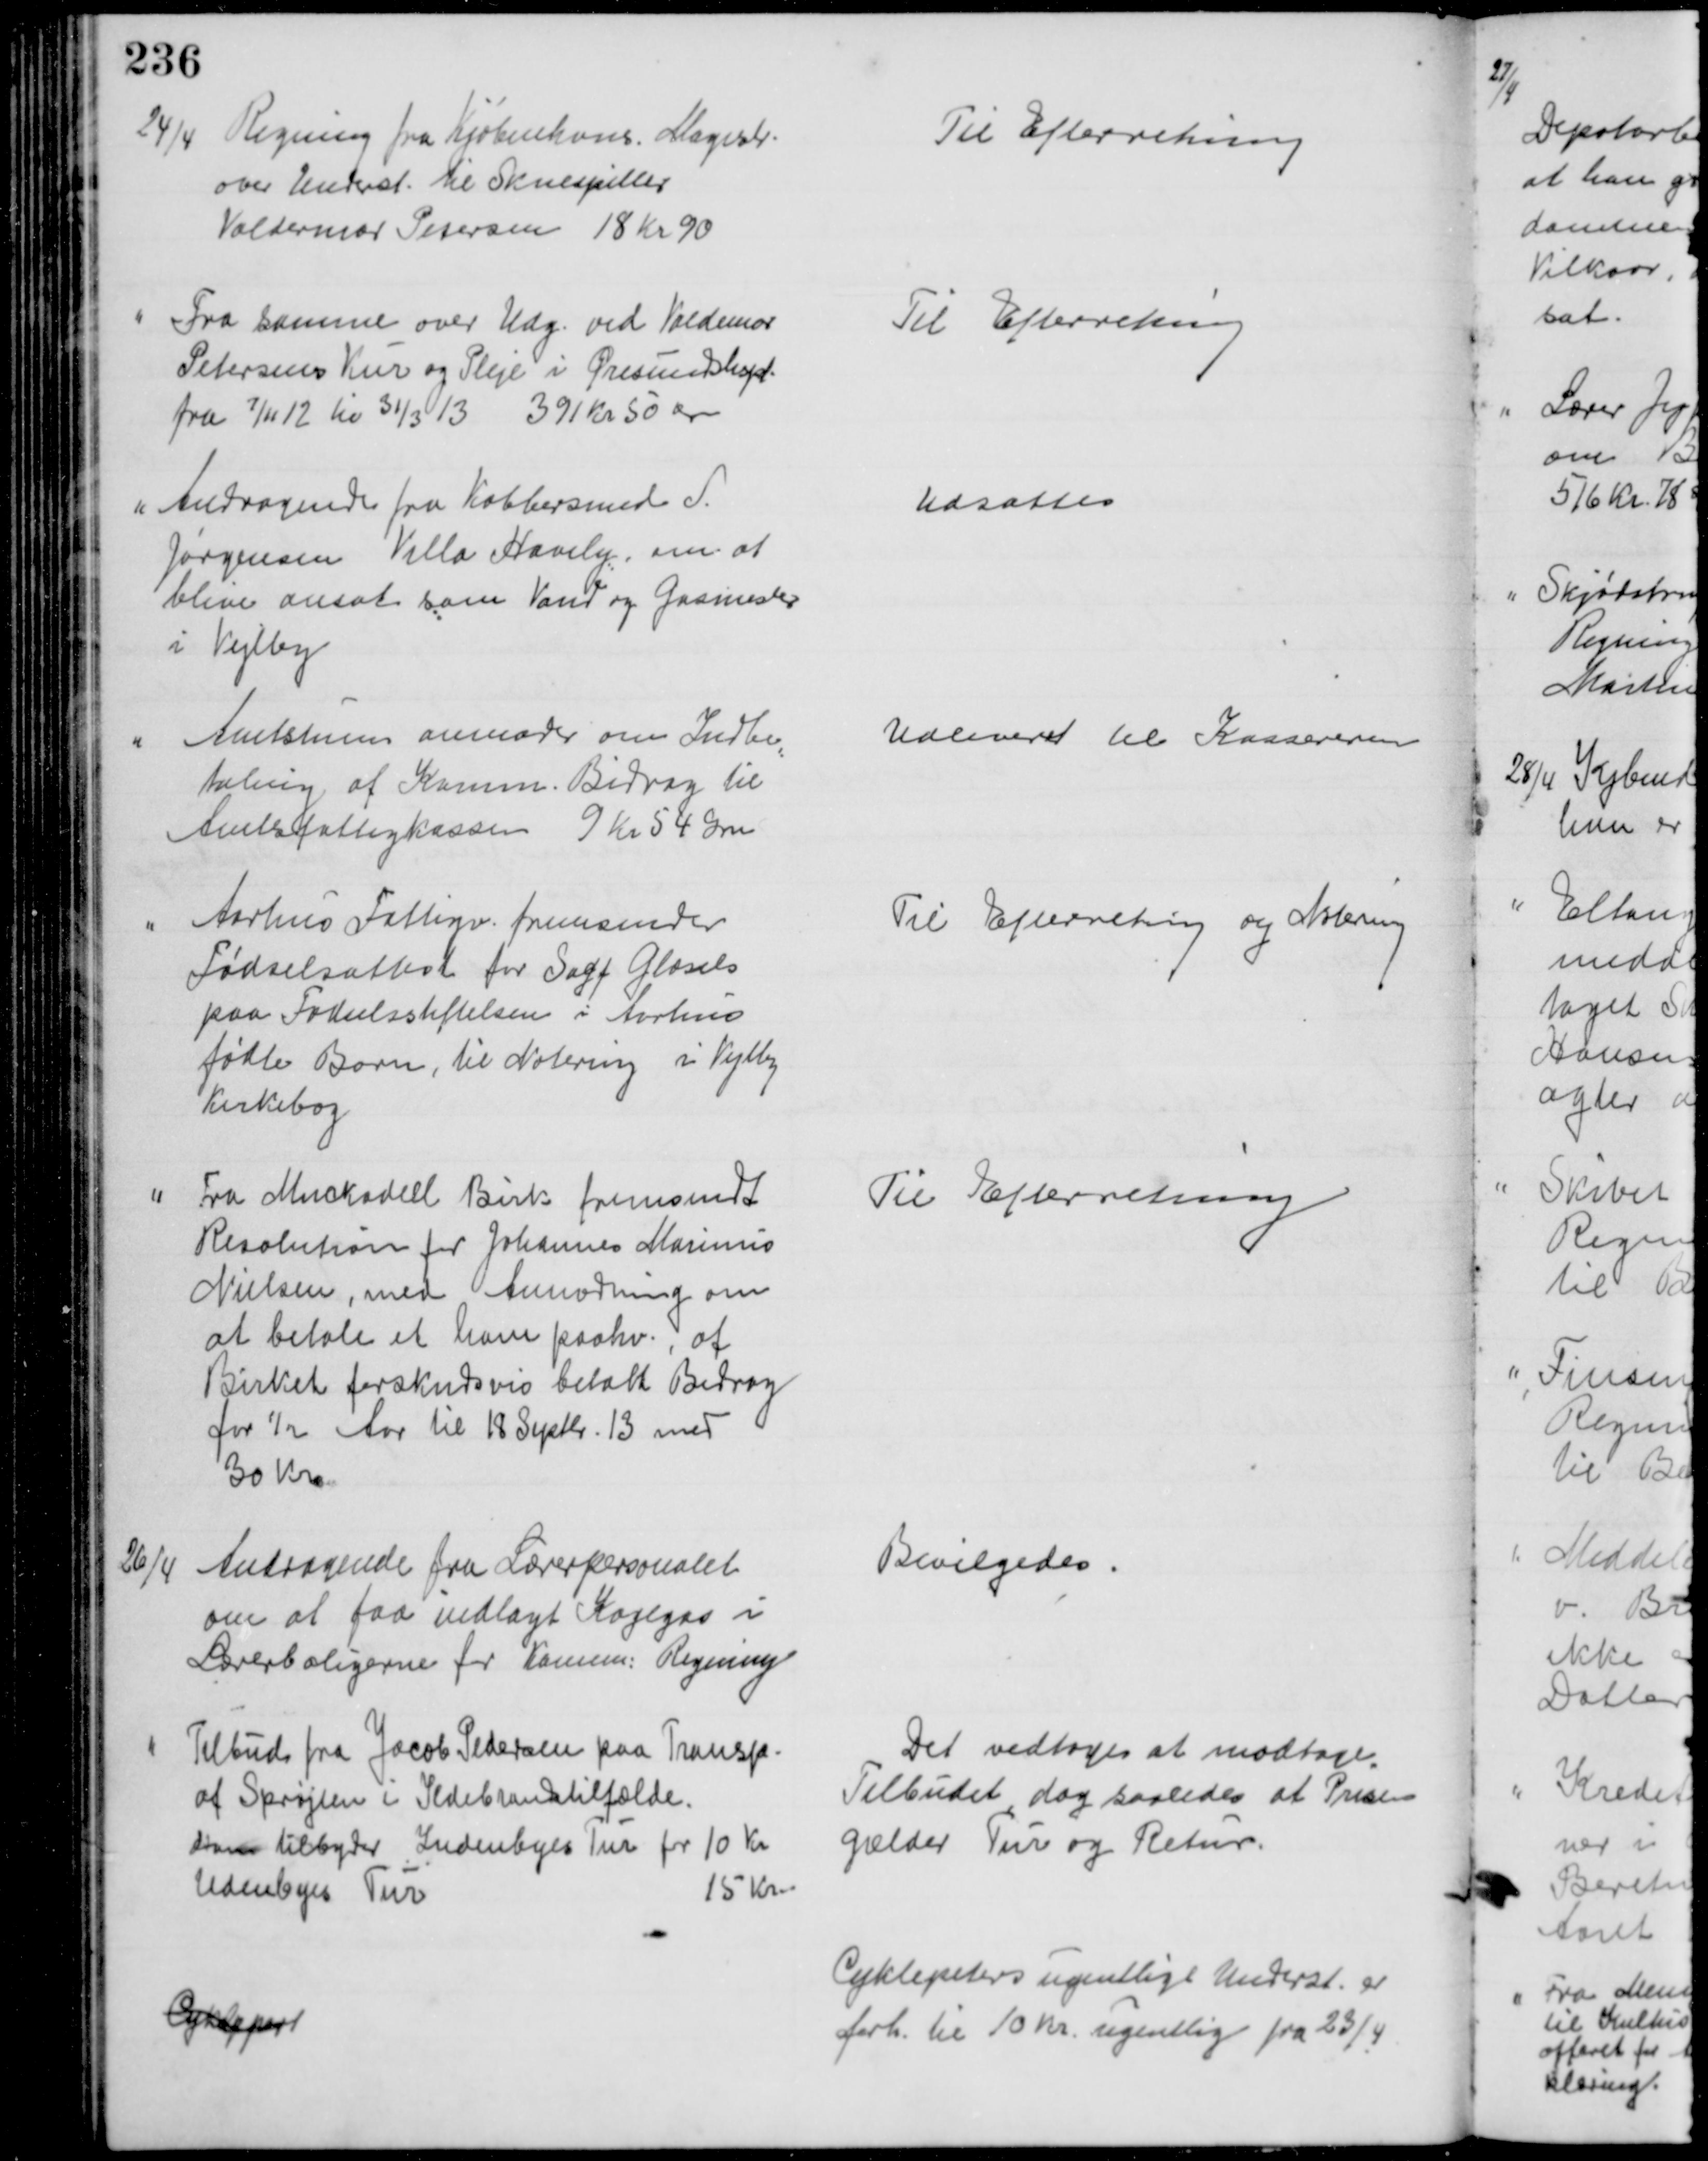
Transskription:
24/4 Regning fra Kjøbenhavns Magistr.
over Underst. til Skuespiller
Valdermar Petersen 18 Kr 90
Til Efterretning
Fra samme over Udg. ved Valdemar
Petersens Kur og Pleje i Øresundshosp.
fra 7/11 12 til 31/3 13 391 kr 50 Øre
Til Efterretning
Andragende fra Kobbersmed S.
Jørgensen Villa Havely, om at
blive ansat som Vand og Gasmester
i Vejlby
Udsattes
Amtstuen anmoder om Indbe
=
taling af Komm. Bidrag til 
Amtsfattigkassen 9 Kr 54 Øre
Udleveret til Kassereren
Aarhus Fattigv. fremsender
Fødselsattest for Sagf. Glæsels
paa Fødselsstiftelsen i Aarhus
fødte Barn, til Notering i Vejlby
Kirkebog
Til Efterretning og Notering
Fra Muckadell Birk fremsendt
Resolution for Johannes Marinus
Nielsen, med Anmodning om
at betale et ham paahv., af
Birket forskudsvis betalt Bidrag
for ½ Aar til 18 Septbr. 13 med
30 Kr.
Til Efterretning
26/4
Andragende fra Lærerpersonalet
om at faa indlagt Kogegas i
Lærerboligerne for Komm: Regning
Bevilgedes.
Tilbud fra Jacob Pedersen paa Transp.
af Sprøjten i Ildebrandstilfælde.
Han tilbyder Indenbyes Tur for 10 Kr
Udenbyes Tur
15 Kr.
Det vedtoges at modtage.
Tilbudet, dog saaledes at Prisen
gælder Tur og Retur.
Cyklepert
Cyklepeters ugentlige Underst. er 
forh. til 10 Kr. ugentlig fra 23/4